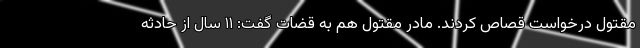
مقتول درخواست قصاص کردند. مادر مقتول هم به قضات گفت: ۱۱ سال از حادثه